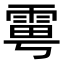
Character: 𩂾